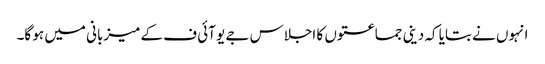
انہوں نے بتایا کہ دینی جماعتوں کا اجلاس جے یو آئی ف کے میزبانی میں ہو گا۔